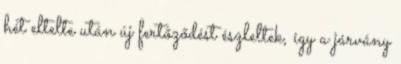
hét eltelte után új fertőződést észleltek, így a járvány